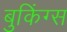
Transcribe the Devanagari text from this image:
बुकिंग्स